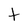
Character: t